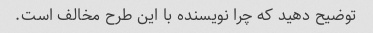
توضیح دهید که چرا نویسنده با این طرح مخالف است.